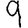
Digit: 9